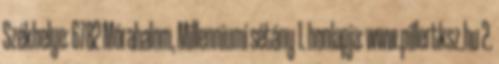
Székhelye: 6782 Mórahalom, Millenniumi sétány 1. honlapja: www.pillertksz.hu 2.